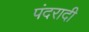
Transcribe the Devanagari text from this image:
पंदरादी